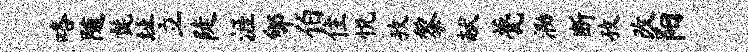
咯随髭址立陡涯郇伯住悦孜黎献甍泐断孜改阳